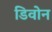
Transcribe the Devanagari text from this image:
डिवोन